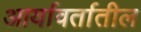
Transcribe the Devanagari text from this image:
आर्यावर्तातील